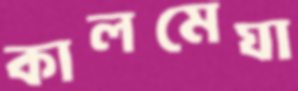
কালমেঘা